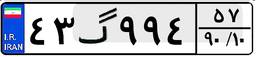
۵۶گ۸۴۲۲۹